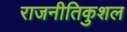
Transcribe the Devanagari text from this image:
राजनीतिकुशल